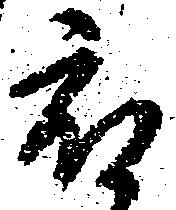
被